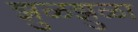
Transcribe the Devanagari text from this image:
झुळझुळा